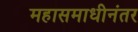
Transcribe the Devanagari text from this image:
महासमाधीनंतर